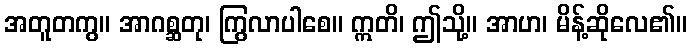
အတူတကွ။ အာဂစ္ဆတု၊ ကြွလာပါစေ။ ဣတိ၊ ဤသို့။ အာဟ၊ မိန့်ဆိုလေ၏။